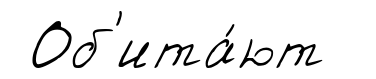
Об'ита́ют